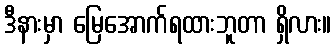
ဒီနားမှာ မြေအောက်ရထားဘူတာ ရှိလား။